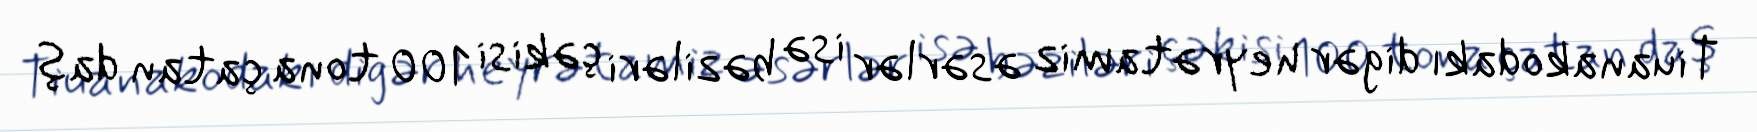
Tiuanakodakı digər heyrətamiz əsərlər isə bəziləri çəkisi 100 tona çatan daş